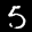
Label: 5